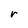
Character: r